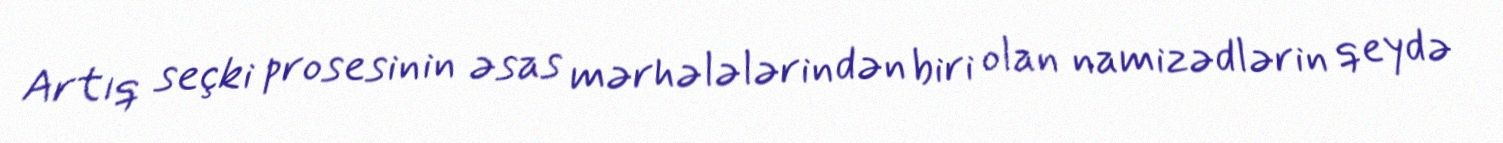
Artıq seçki prosesinin əsas mərhələlərindən biri olan namizədlərin qeydə